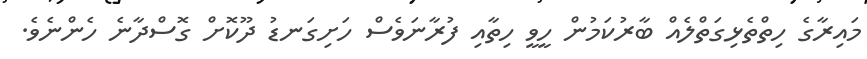
މައިރާގެ ހިތްތެޅިގަތްލެއް ބާރުކަމުން ހީވީ ހިތާއި ފުރާނަވެސް ހަށިގަނޑު ދޫކޮށް ގޮސްދާނެ ހެންނެވެ.